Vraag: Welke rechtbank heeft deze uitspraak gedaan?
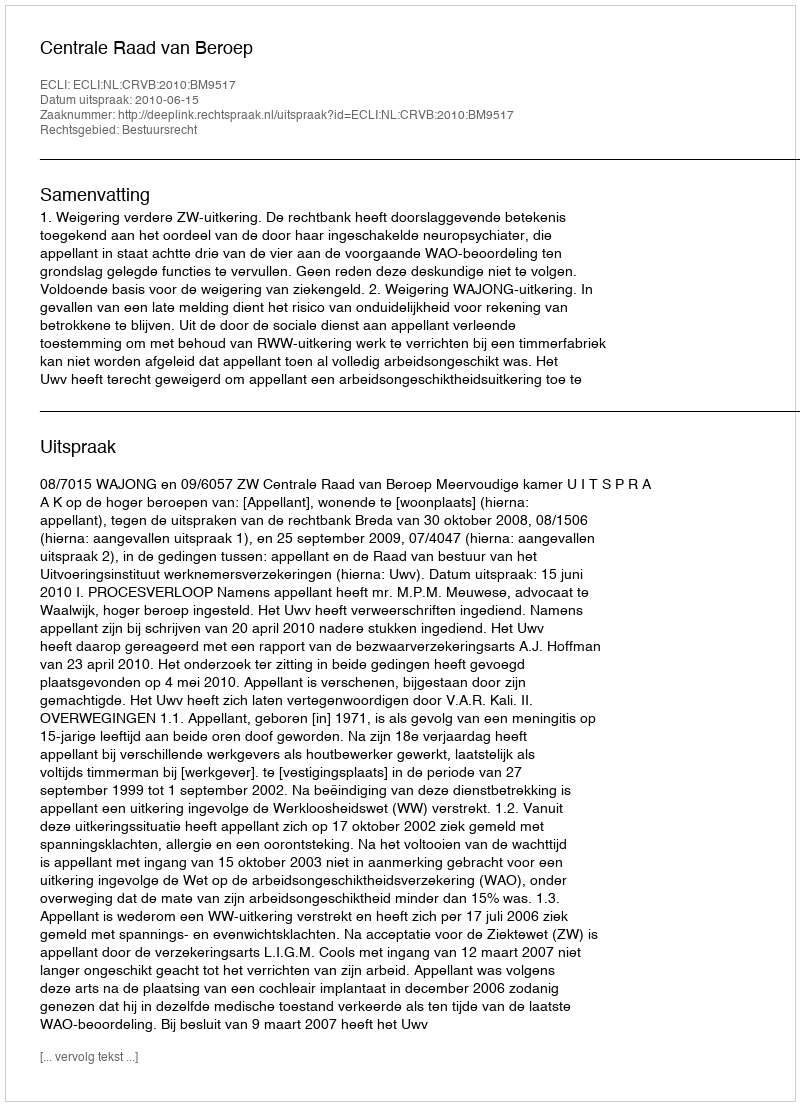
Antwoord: Centrale Raad van Beroep